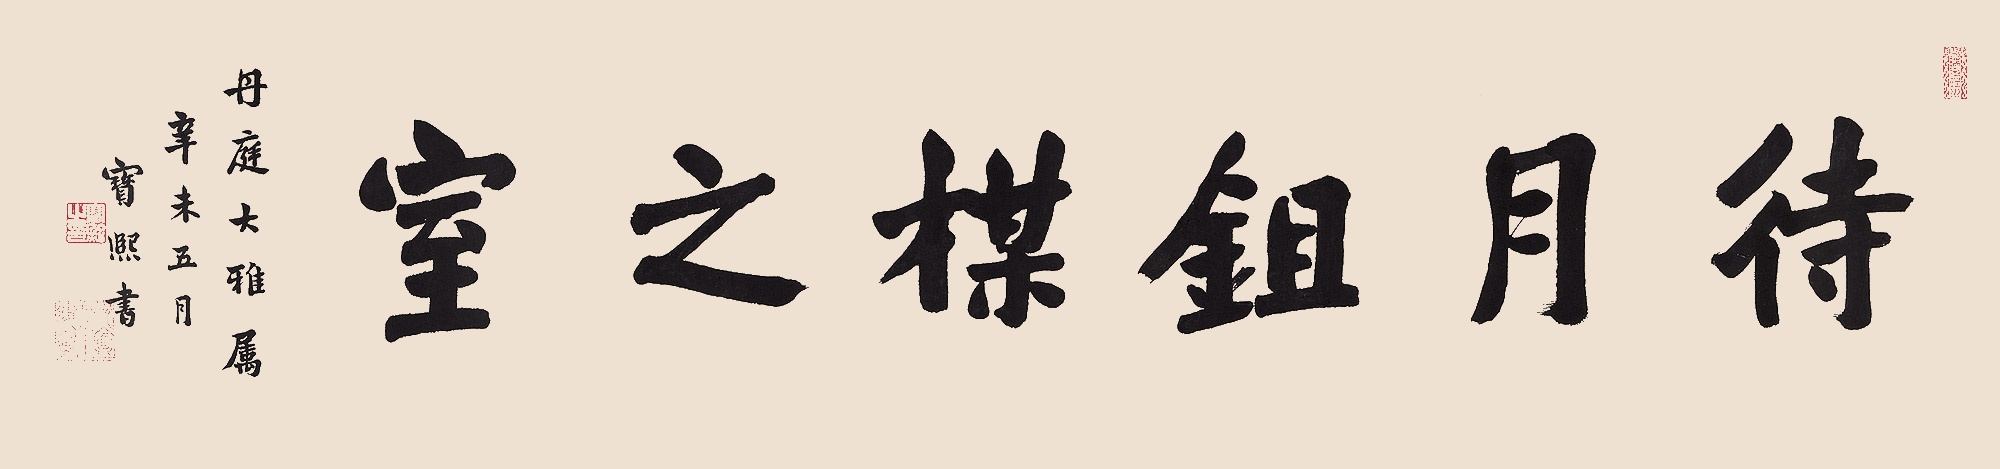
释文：待月锄梅之室丹庭大雅属。辛未五月，宝熙书。